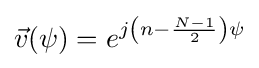
{\vec {v}}(\psi )=e^{j\left(n-{\frac {N-1}{2}}\right)\psi }